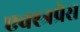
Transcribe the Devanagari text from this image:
एक्स्त्रप्रेस